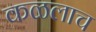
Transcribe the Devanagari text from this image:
कळलाच